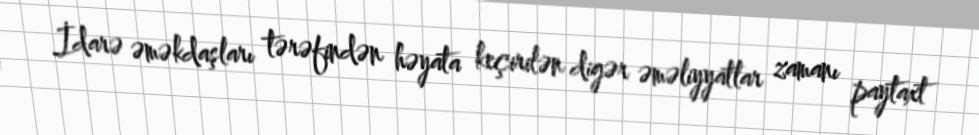
İdarə əməkdaşları tərəfindən həyata keçirilən digər əməliyyatlar zamanı paytaxt